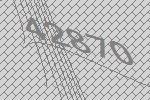
42870